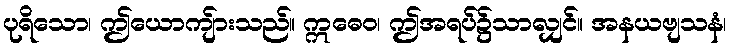
ပုရိသော၊ ဤယောကျ်ားသည်။ ဣဓေဝ၊ ဤအရပ်၌သာလျှင်။ အနယဗျသနံ၊